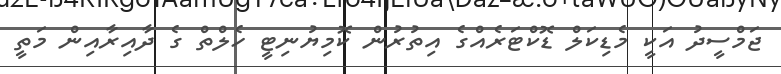
ޖަމްސީދު އަކީ މެޑިކަލް ޑޮކްޓަރެއްގެ އިތުރުން ކޮމިޔުނިޓީ ހެލްތް ގެ ދާއިރާއިން މަތީ